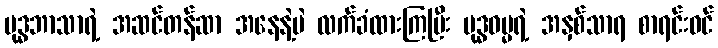
ဗုဒ္ဓဘာသာရဲ့ အဆင်တန်ဆာ အနေနဲ့ပဲ လက်ခံထားကြပြီး ဗုဒ္ဓဓမ္မရဲ့ အနှစ်သာရ စာရင်းဝင်